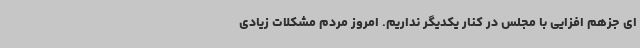
ای جزهم افزایی با مجلس در کنار یکدیگر نداریم. امروز مردم مشکلات زیادی